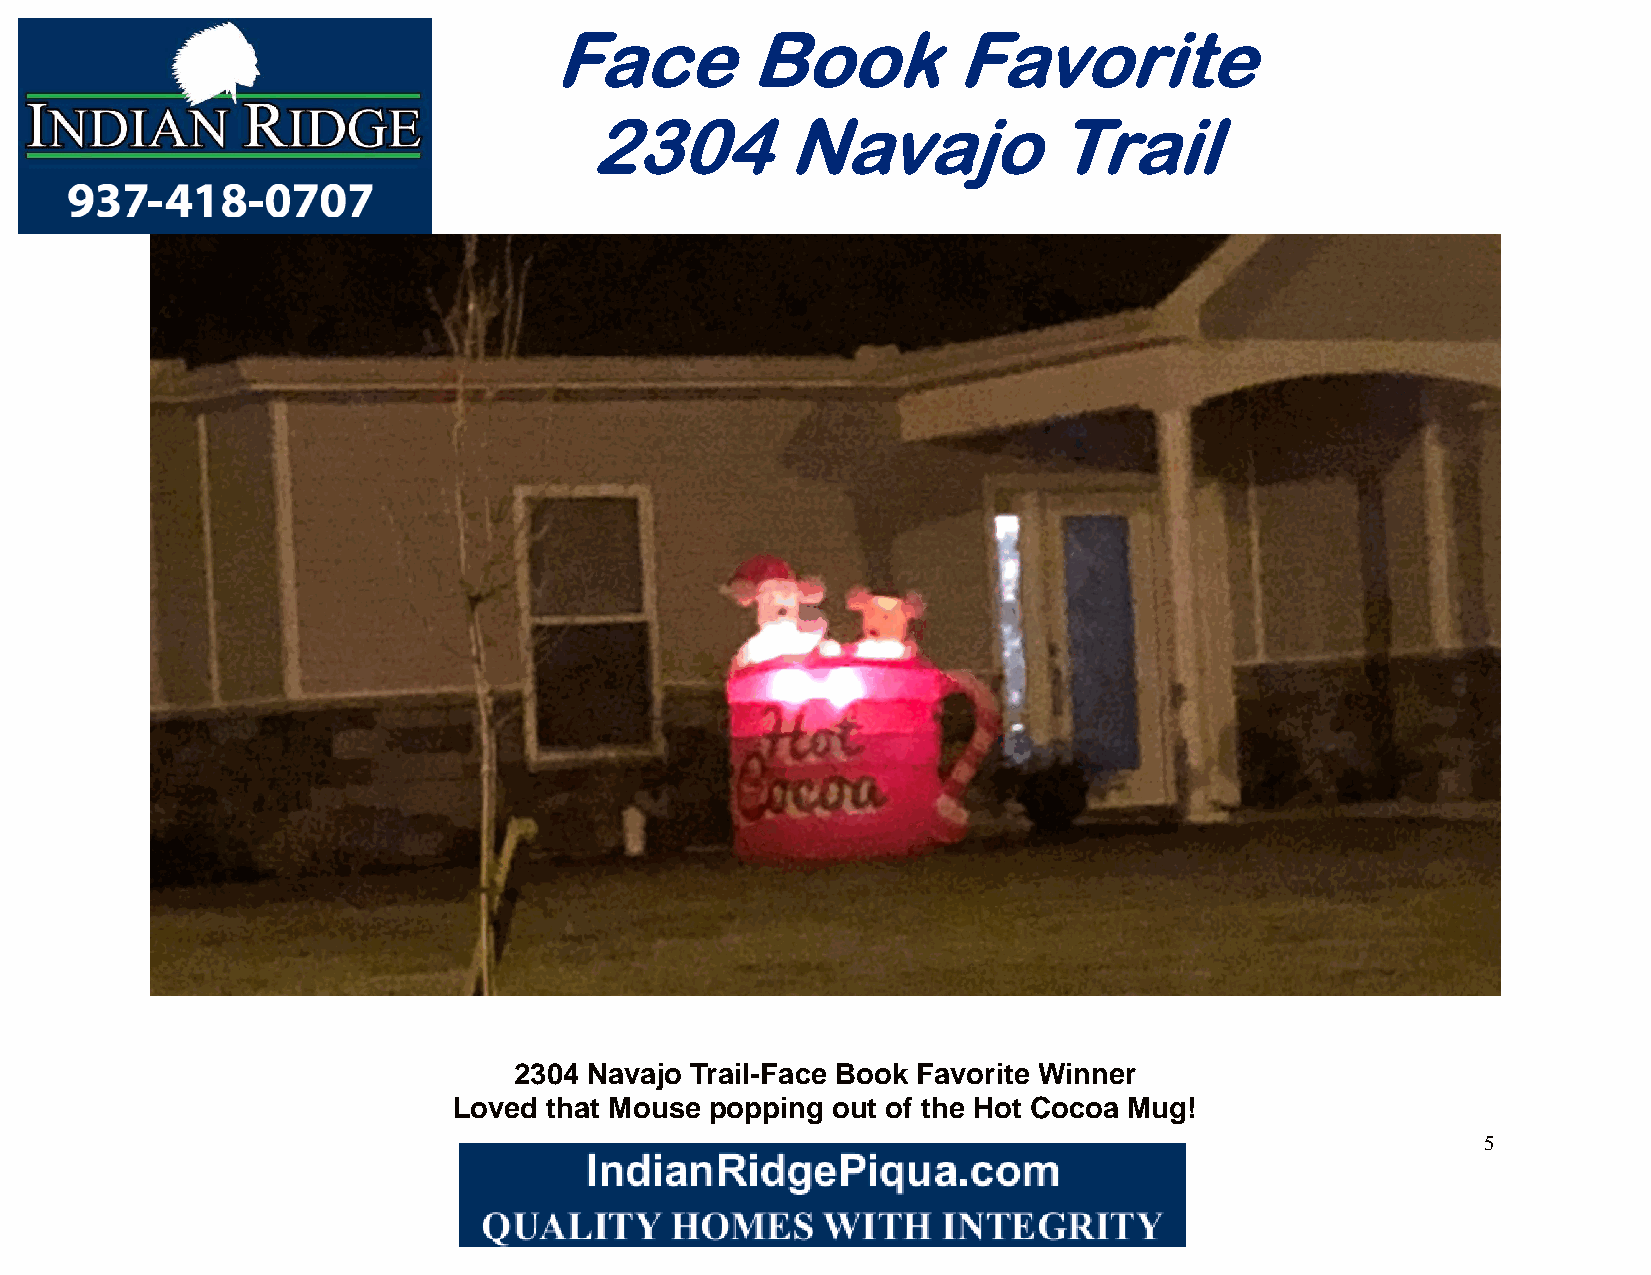
Face         Book          Favorite
 2304         Navajo            Trail
 2304 Navajo Trail-Face Book Favorite Winner
 Loved that Mouse popping out of the Hot Cocoa Mug!
 5